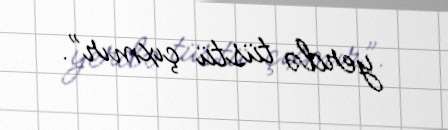
yerdə tüstü çıxmır”.